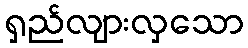
ရှည်လျားလှသော